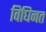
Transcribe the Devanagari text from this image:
विघिनत